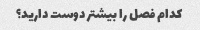
کدام فصل را بیشتر دوست دارید؟